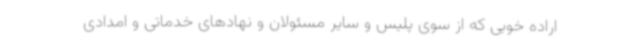
اراده خوبی که از سوی پلیس و سایر مسئولان و نهادهای خدماتی و امدادی